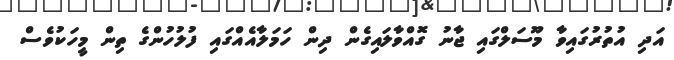
އަދި އުތުރުގައިވާ މޫސަލްގައި ޖާނު ގޮއްވާލައިގެން ދިން ހަމަލާއެއްގައި ފުލުހުންގެ ތިން މީހަކުވެސް